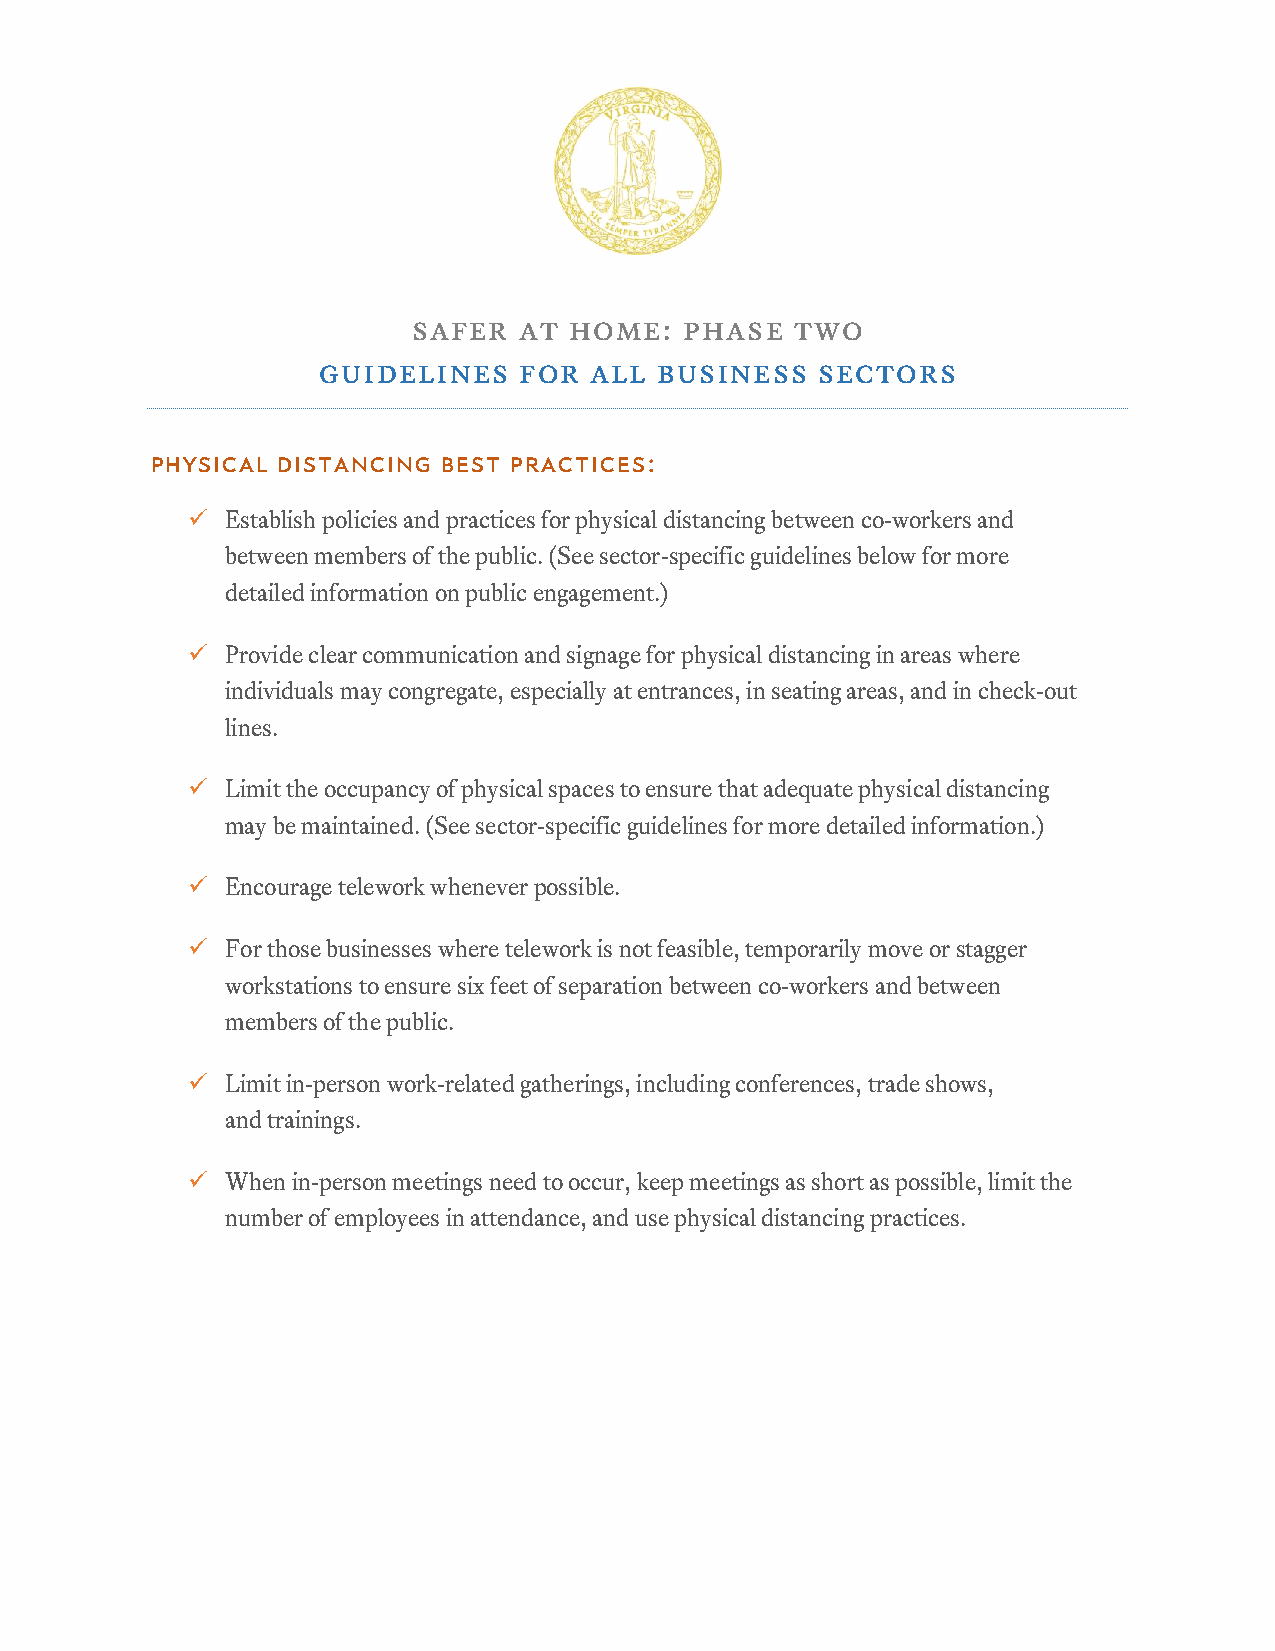
safer  at  home:  phase   two
 guidelines   for  all business   sectors
 Physical Distancing Best Practices:
   Establish policies and practices for physical distancing between co-workers and
 between members of the public. (See sector-specific guidelines below for more
 detailed information on public engagement.)
   Provide clear communication and signage for physical distancing in areas where
 individuals may congregate, especially at entrances, in seating areas, and in check-out
 lines.
   Limit the occupancy of physical spaces to ensure that adequate physical distancing
 may be maintained. (See sector-specific guidelines for more detailed information.)
   Encourage telework whenever possible.
   For those businesses where telework is not feasible, temporarily move or stagger
 workstations to ensure six feet of separation between co-workers and between
 members of the public.
   Limit in-person work-related gatherings, including conferences, trade shows,
 and trainings.
   When in-person meetings need to occur, keep meetings as short as possible, limit the
 number of employees in attendance, and use physical distancing practices.